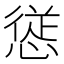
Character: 𭞁